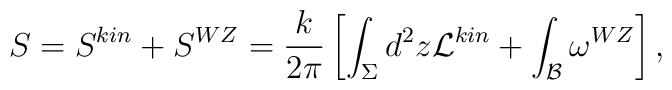
S = S^{kin} + S^{WZ} = \frac{k}{2\pi}\left[ \int_{\Sigma} d^2 z {\cal    L}^{kin} + \int_{\cal B} \omega^{WZ} \right] ,